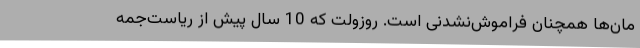
مان‌ها همچنان فراموش‌نشدنی است. روزولت که 10 سال پیش از ریاست‌جمه